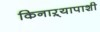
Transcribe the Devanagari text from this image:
किनाऱ्यापाशी